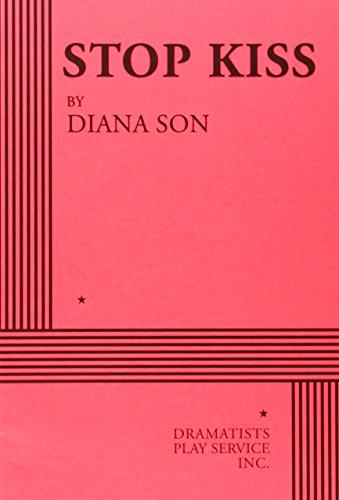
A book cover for Stop Kiss - Acting Edition; Diana Son; Humor & Entertainment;